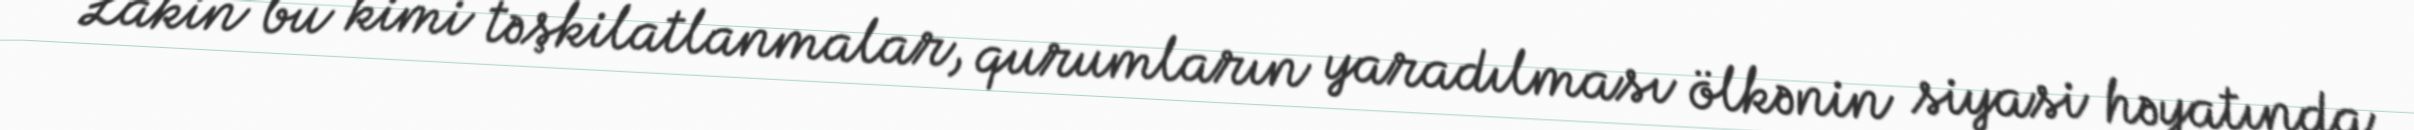
Lakin bu kimi təşkilatlanmalar, qurumların yaradılması ölkənin siyasi həyatında